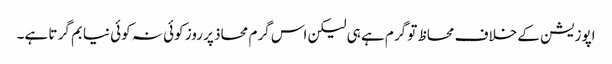
اپوزیشن کے خلاف محاظ تو گرم ہے ہی لیکن اس گرم محاذ پر روز کوئی نہ کوئی نیا بم گر تا ہے۔